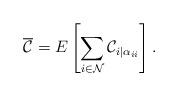
LaTeX: \begin{align*}\overline{\mathcal{C}}=E\left[\sum_{i\in\mathcal{N}}^{}\mathcal{C}_{i|\alpha_{ii}}\right].\end{align*}